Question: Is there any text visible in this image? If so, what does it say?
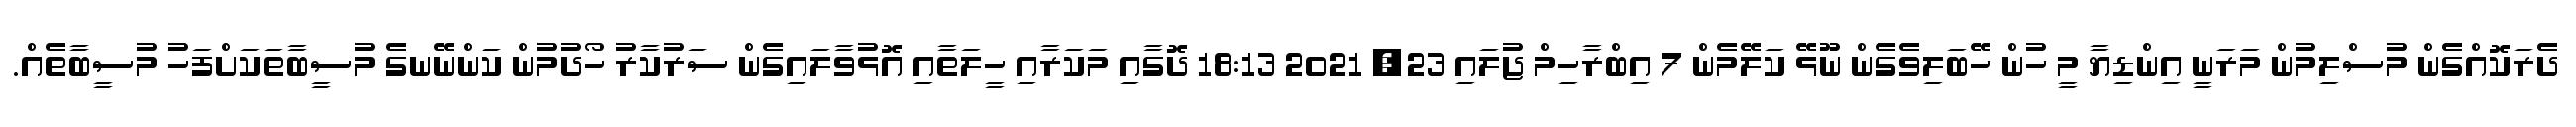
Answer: ދެރަކޮއްގެން މުސްލިމުން މަރަނީ އިންޑިޔާ މީ ހުން ހޭބަލިވެގެން ނޫޅޭ ކަލޭމެން 7 އިބްރާހިމް ޖުލައި 23, 2021 18:13 ދޮގާއި މަކަރާއި ހީލަތާއި އޮޅުވާލައިގެން ސަރުކާރު ހޯދުމުން ކަންނޭނގެ މުސީބާތަކަށްފަހު މުސީބާތެއް.